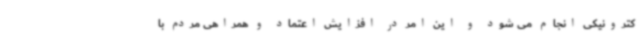
کترونیکی انجام می شود و این امر در افزایش اعتماد و همراهی مردم با